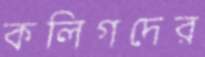
কলিগদের